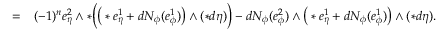
\begin{array} { r l } { = } & { { } ( - 1 ) ^ { n } e _ { \eta } ^ { 2 } \wedge \ast \Big ( \big ( \ast e _ { \eta } ^ { 1 } + d N _ { \phi } ( e _ { \phi } ^ { 1 } ) \big ) \wedge ( \ast d \eta ) \Big ) - d N _ { \phi } ( e _ { \phi } ^ { 2 } ) \wedge \big ( \ast e _ { \eta } ^ { 1 } + d N _ { \phi } ( e _ { \phi } ^ { 1 } ) \big ) \wedge ( \ast d \eta ) . } \end{array}